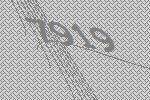
7919